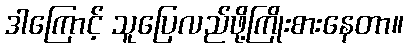
ဒါကြောင့် သူပြေလည်ဖို့ကြိုးစားနေတာ။